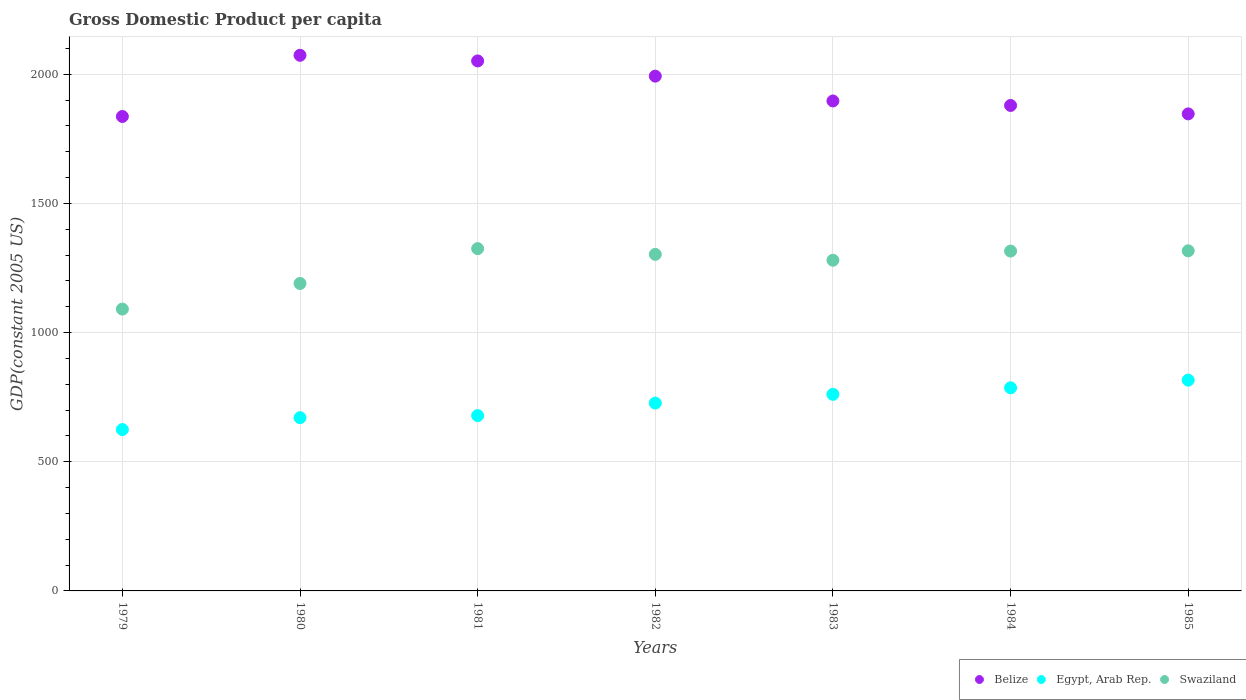
| Years | Belize | Egypt, Arab Rep. | Swaziland |
 | --- | --- | --- | --- |
 | 1979 | 1.84e+03 | 625 | 1.09e+03 |
 | 1980 | 2.07e+03 | 671 | 1.19e+03 |
 | 1981 | 2.05e+03 | 679 | 1.32e+03 |
 | 1982 | 1.99e+03 | 727 | 1.3e+03 |
 | 1983 | 1.9e+03 | 761 | 1.28e+03 |
 | 1984 | 1.88e+03 | 786 | 1.32e+03 |
 | 1985 | 1.85e+03 | 816 | 1.32e+03 |